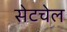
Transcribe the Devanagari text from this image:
सेटचेल